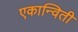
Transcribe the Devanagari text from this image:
एकान्विती